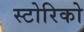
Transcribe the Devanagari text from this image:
स्टोरिको